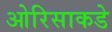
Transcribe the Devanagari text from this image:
ओरिसाकडे